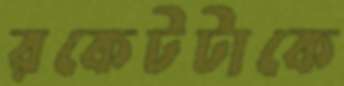
রকেটটাকে